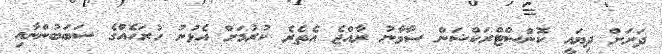
ދަށަށް ދިޔައީ ކޮންސްޓްރަކްޝަން ސާމާނު ރާއްޖެ އެތެރެ ކުރުމަށް އެޅުނު ހުރަހެއްގެ ސަބަބުންނާއި